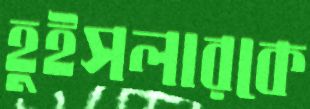
হুইসলারকে